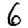
Digit: 6